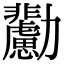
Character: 𠣊